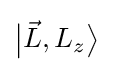
{\bigl |}{\vec {L}},L_{z}{\bigr \rangle }